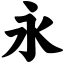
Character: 永